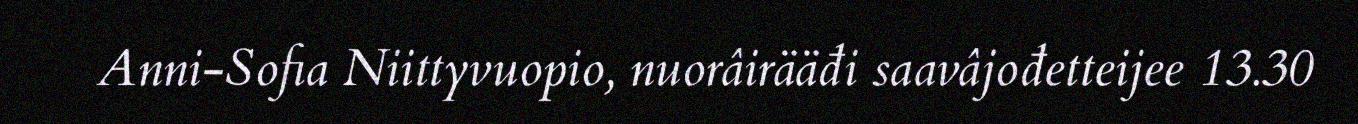
Anni-Sofia Niittyvuopio, nuorâirääđi saavâjođetteijee 13.30